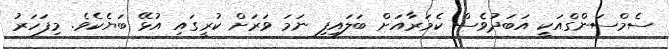
ސެމްސަންގްއަކީ އަބަދުވެސް ކެމަރާއަށް ބަލައިފި ނަމަ ވަރަށް ކުރީގައި އުޅޭ ބަޔެކެވެ. މިފަހަރު